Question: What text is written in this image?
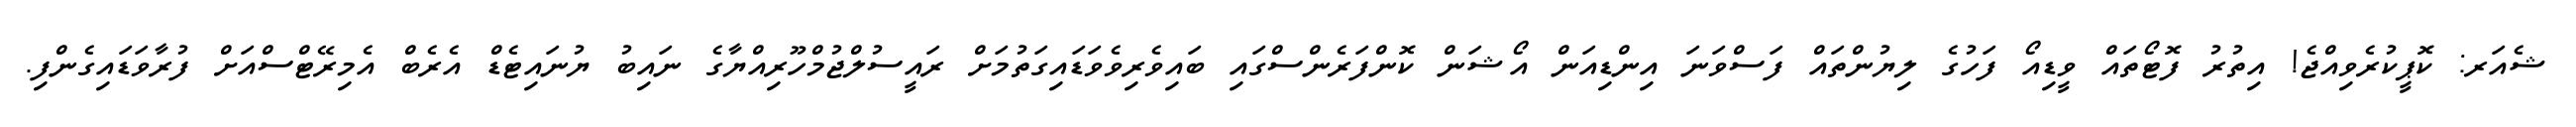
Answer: ޝެއަރ: ކޮޕީކުރެވިއްޖެ! އިތުރު ފޮޓޯތައް ވީޑިއޯ ފަހުގެ ލިޔުންތައް ފަސްވަނަ އިންޑިއަން އޯޝަން ކޮންފަރެންސްގައި ބައިވެރިވެވަޑައިގަތުމަށް ރައީސުލްޖުމްހޫރިއްޔާގެ ނައިބު ޔުނައިޓެޑް އެރެބް އެމިރޭޓްސްއަށް ފުރާވަޑައިގެންފި.